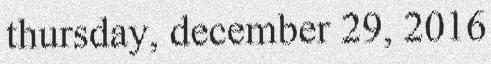
thursday, december 29, 2016